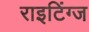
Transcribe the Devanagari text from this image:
राइटिंग्ज